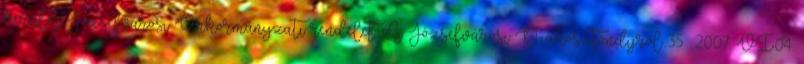
kerület. Józsefvárosi Önkormányzati rendelet. A Józsefvárosi Diákösztöndíjról 35 2007. VI.04.